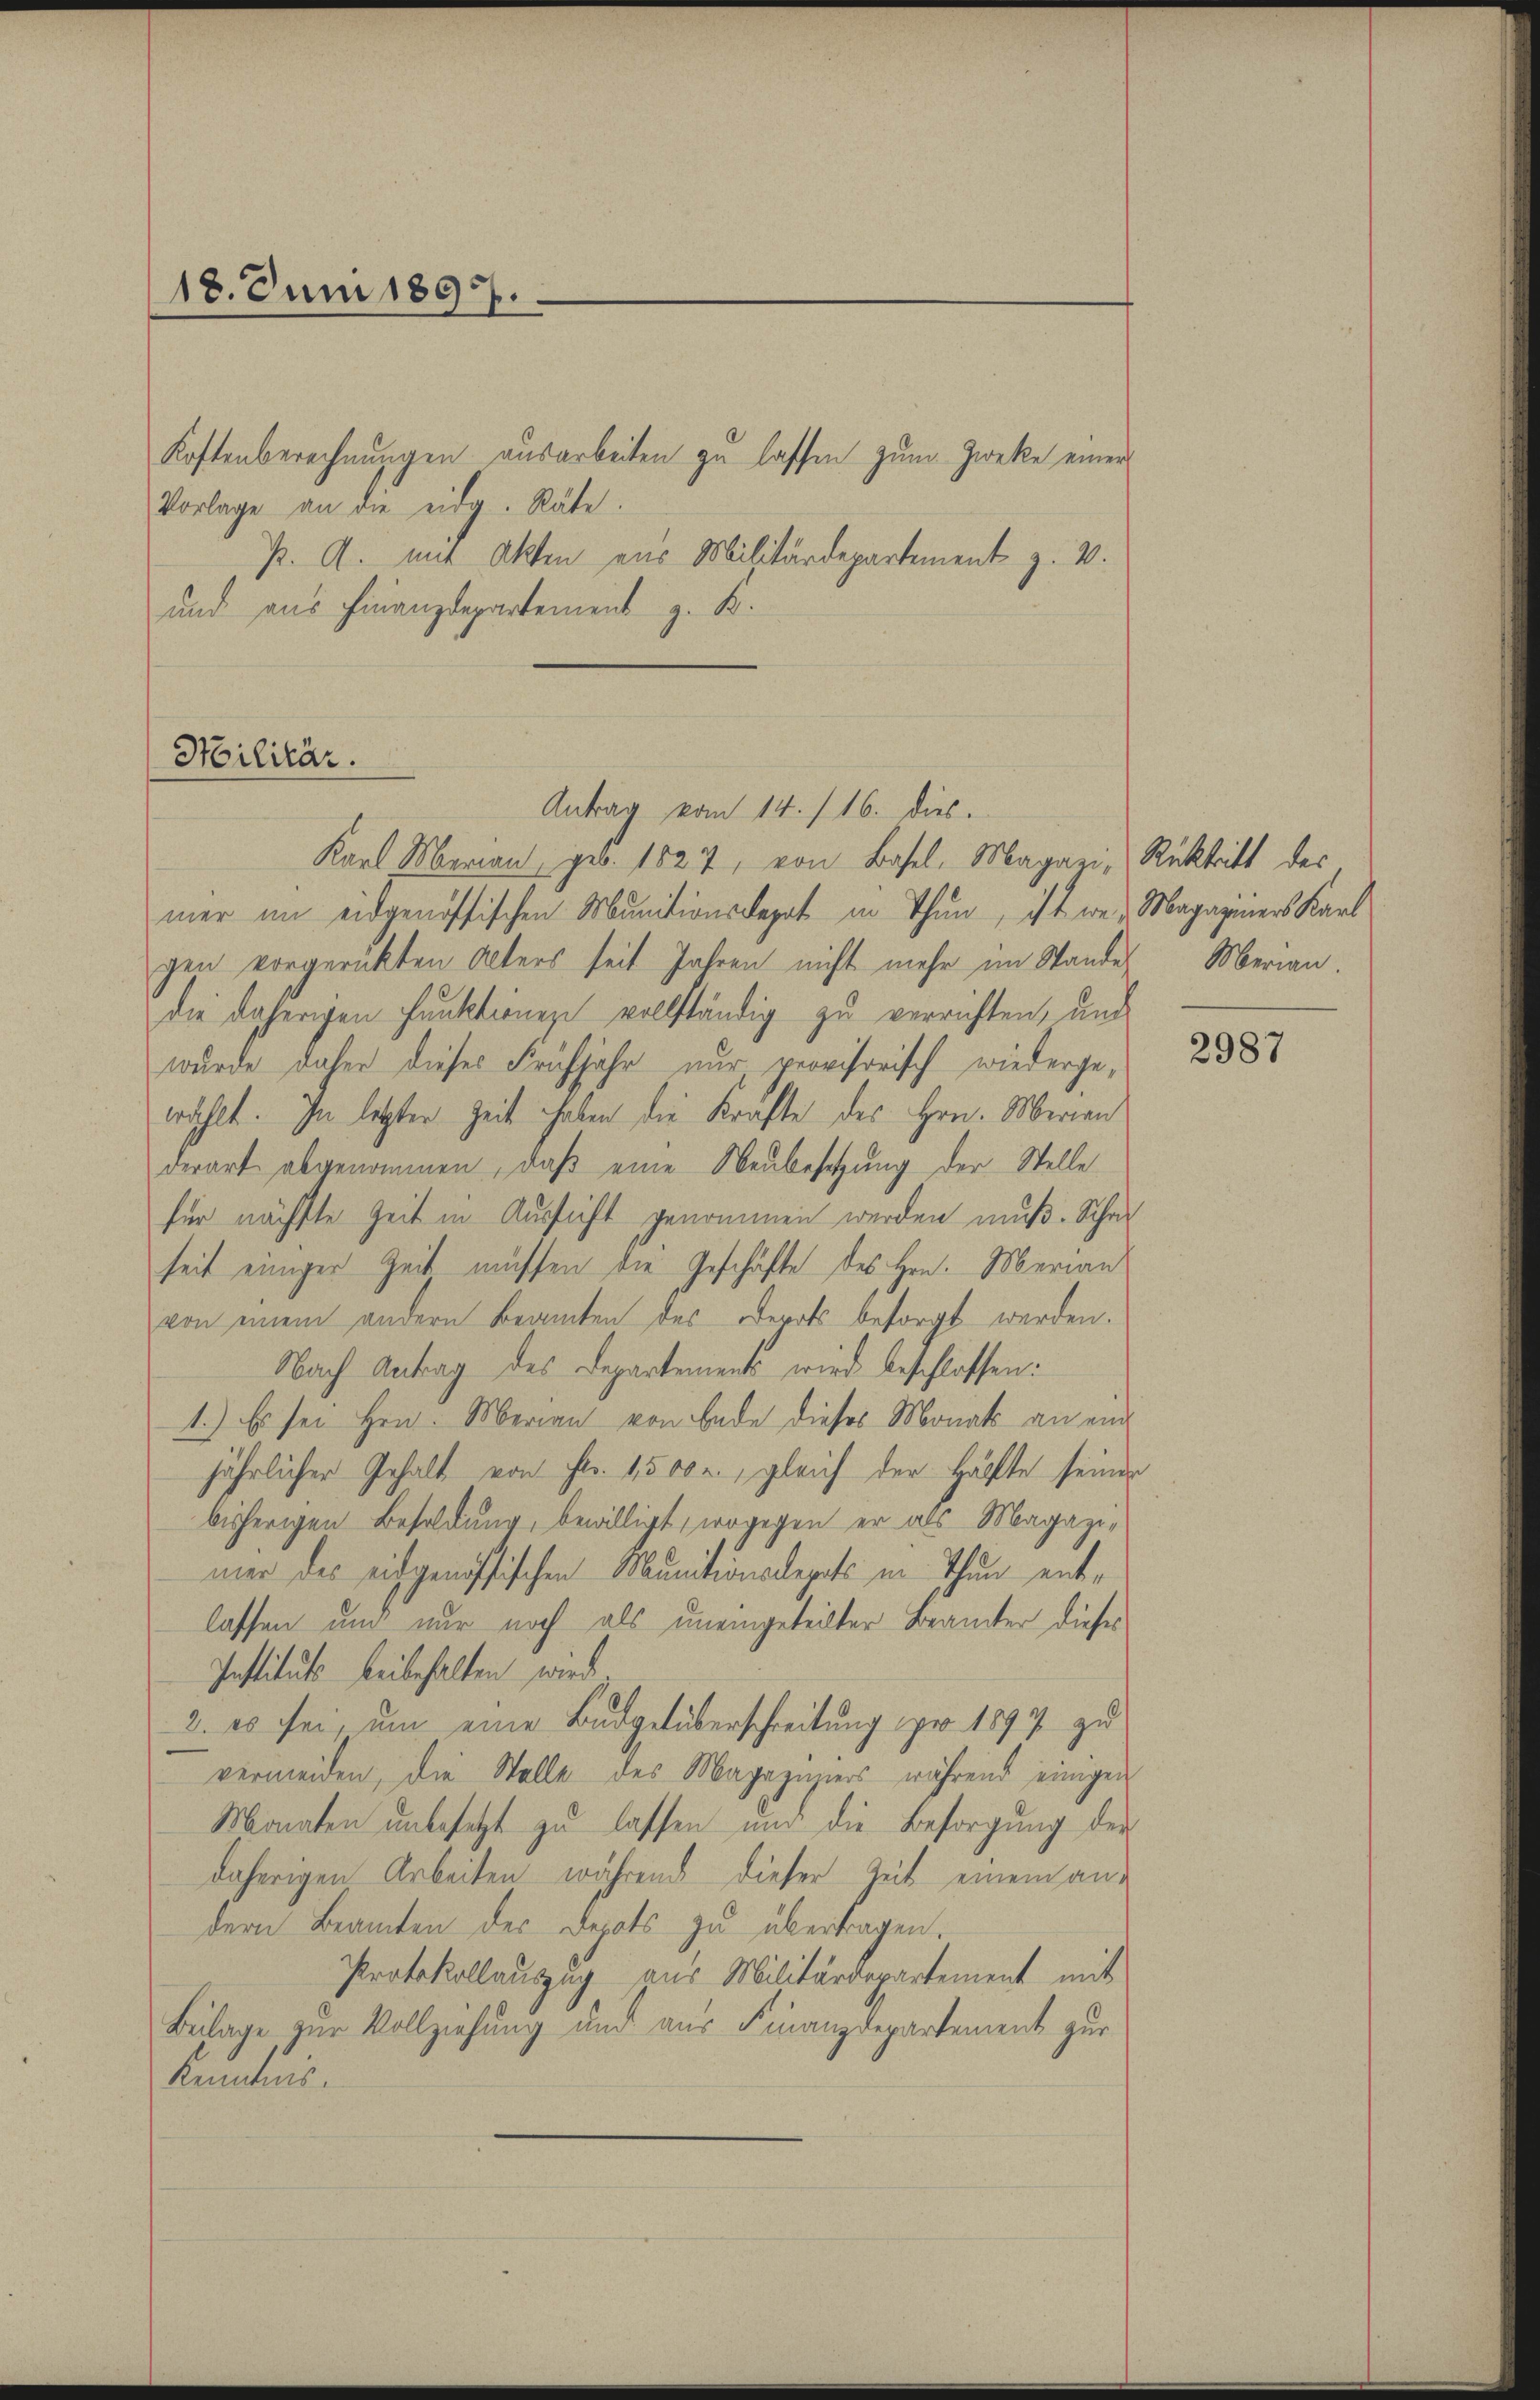
18. Juni 1897.

Kostenberechnungen ausarbeiten zu lassen zum Zwecke einer
Vorlage an die eidg. Räte.
P. G. mit Akten aus Militärdepartement z. W.
und aus Finanzdepartement z. K.

Militär.

Antrag vom 14. / 16. dies.
Karl Marian, geb. 1827, von Basel, Magari, Rücktritt des
mer im eidgenössischen Munitionsdepat in Thun, ist wer Magaziners Karl
gen vorgerükten Alters seit Jahren nicht mehr im Standes Merian.
die daherigen Funktionen vollständig zu verrichten, und
wurde daher dieses Frühjahr nur, provisorisch wiedergewählt. In letzter Zeit haben die Krafte des Hrn. Merian
derart abgenommen, daß eine Neubesetzung der Stelle
für nächste Zeit in Aussicht genommen werden muß. Schaf
seit einiger Zeit müssen die Geschäfte des Hrn. Merian
von einem andern Beamten des Werk besorgt werden.
Nach Antrag des Departements wird beschlossen:
1.) Es sei Hrn. Merian von Ende dieses Monats an ein
jährlicher Gehalt von Fr. 1500 r. gleich der Hälfte seiner
bisherigen Besoldung, bewilligt, wogegen er als Magazimer des eidgenössischen Munitionsdeputs in Thun entlassen und nur noch als uneingeteilter Beamter dieses
Instituts beibehalten wird.
2. es sei um eine Budgetüberschreitung pro 1897 zu
vermeiden, die Stelle des Magazuziers während einigen
Monaten unbesetzt zu lassen und die Besorgung der
daherigen Arbeiten während dieser Zeit einem andern Beamten des Depots zu übertragen.
Protokollauszug aus Militärdepartement mit
Beilage zur Vollziehung und aus Finanzdepartement zur
Kenntnis.

2987